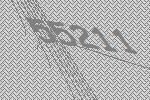
55211